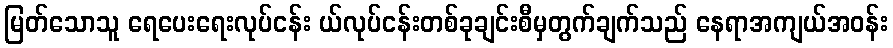
မြတ်သောသူ ရေပေးရေးလုပ်ငန်း ယ်လုပ်ငန်းတစ်ခုချင်းစီမှတွက်ချက်သည် နေရာအကျယ်အဝန်း